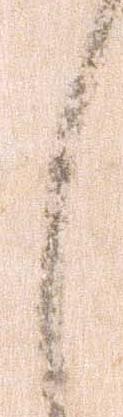
々